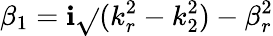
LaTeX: \beta_{1}=\mathbf{i}\sqrt{}{{(k_{r}^{2}-k_{2}^{2})-\beta_{r}^{2}}}